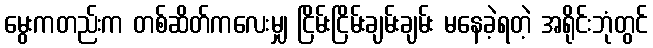
မွေးကတည်းက တစ်ဆိတ်ကလေးမျှ ငြိမ်းငြိမ်းချမ်းချမ်း မနေခဲ့ရတဲ့ အရိုင်းဘုံတွင်